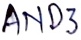
Text: AND3